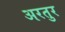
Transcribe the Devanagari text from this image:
अरतुर